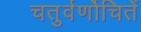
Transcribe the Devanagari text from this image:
चतुर्वर्णोचितें